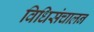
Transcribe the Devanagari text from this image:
विधिसंचालन